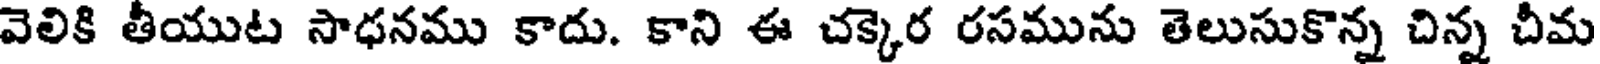
వెలికి తీయుట సాధనము కాదు. కాని ఈ చక్కెర రసమును తెలుసుకొన్న చిన్న చీమ